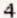
4